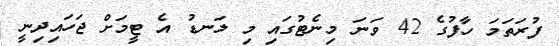
ފުރަތަމަ ހާފުގެ 42 ވަނަ މިނެޓުގައި މި ލަނޑު އެ ޓީމަށް ޖަހައިދިނީ